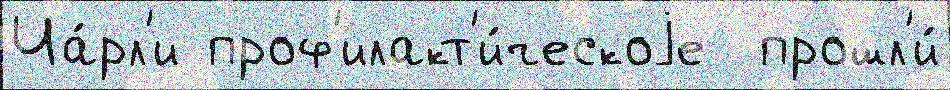
Ча́рл'и проф'илакт'и́ческоjе  прошл'и́